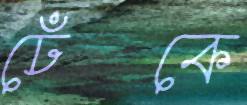
ঢেঁকে